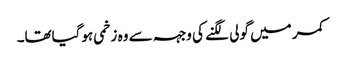
کمر میں گولی لگنے کی وجہہ سے وہ زخمی ہوگیاتھا۔